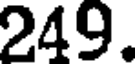
249.